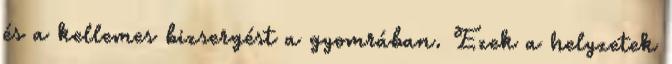
és a kellemes bizsergést a gyomrában. Ezek a helyzetek